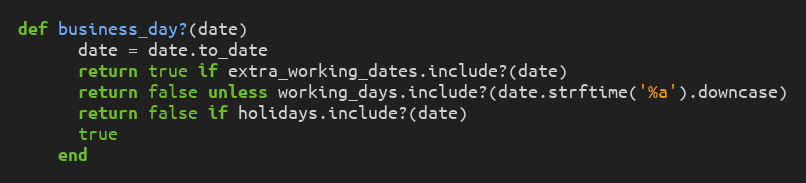
Language: Ruby
def business_day?(date)
      date = date.to_date
      return true if extra_working_dates.include?(date)
      return false unless working_days.include?(date.strftime('%a').downcase)
      return false if holidays.include?(date)
      true
    end